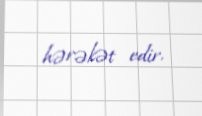
hərəkət edir.